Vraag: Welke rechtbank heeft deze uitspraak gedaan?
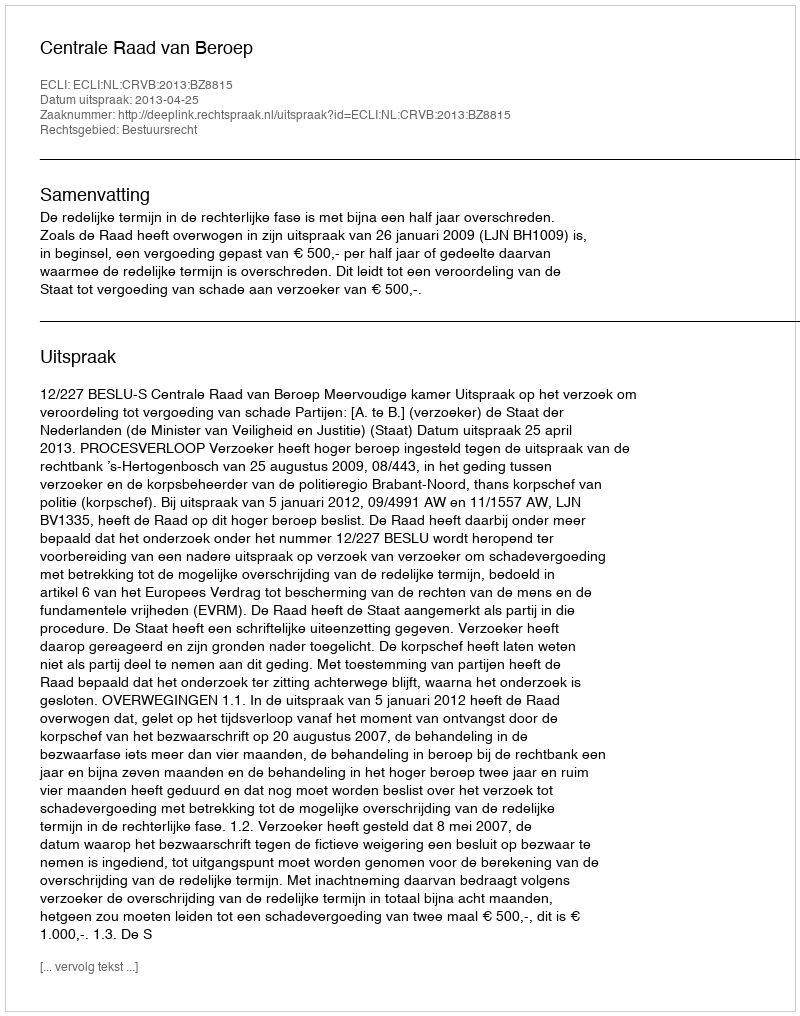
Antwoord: Centrale Raad van Beroep